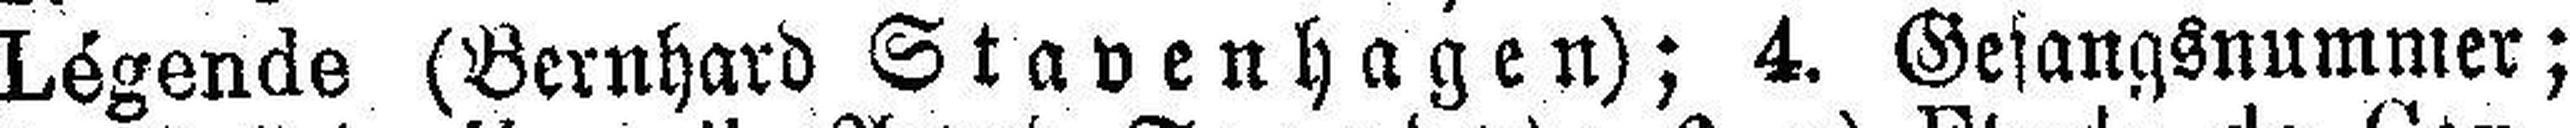
Légende (Bernhard Stavenhagen); 4. Gesangsnummer;